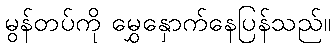
မွန်တပ်ကို မွှေနှောက်နေပြန်သည်။